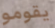
يقومو